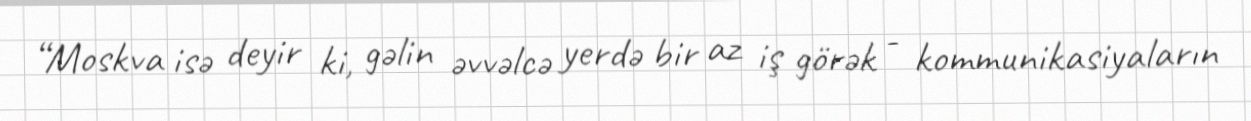
“Moskva isə deyir ki, gəlin əvvəlcə yerdə bir az iş görək - kommunikasiyaların